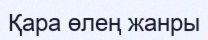
Қара өлең жанры